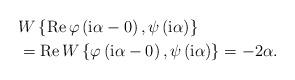
LaTeX: \begin{align*}& W\left\{ \operatorname{Re}\varphi\left( \mathrm{i}\alpha-0\right),\psi\left( \mathrm{i}\alpha\right) \right\} \\& =\operatorname{Re}W\left\{ \varphi\left( \mathrm{i}\alpha-0\right),\psi\left( \mathrm{i}\alpha\right) \right\} =-2\alpha.\end{align*}